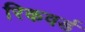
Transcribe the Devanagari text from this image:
रिकवर्ड